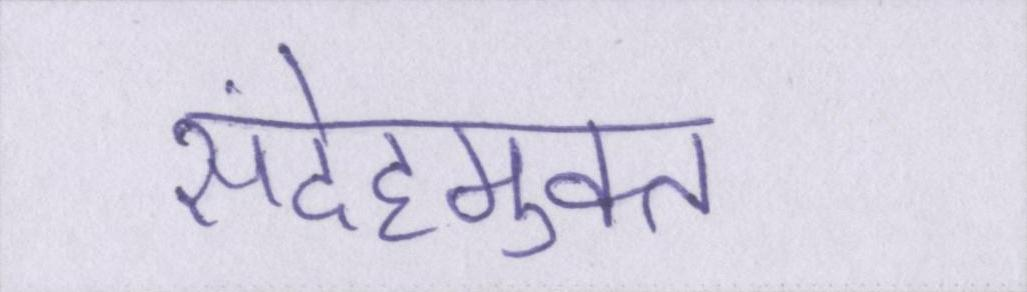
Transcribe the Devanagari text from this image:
संदेहमुक्त